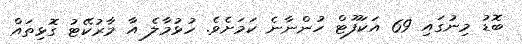
ބޮޑު މިނުގައި 69 އަކަފޫޓް ހުންނާނެ ކަމަށެވެ. ހުޅުމާލެ އާ މާރުކޭޓު ގޮޅިތައް